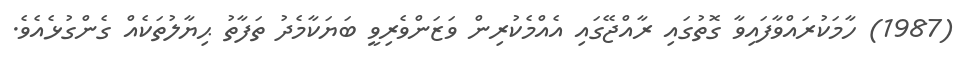
(1987) ހާމަކުރައްވާފައިވާ ގޮތުގައި ރާއްޖޭގައި އެއްމެކުރިން ވަޒަންވެރިވީ ބަޔަކާމެދު ތަފާތު ޙިޔާލުތަކެއް ގެންގުޅެއެވެ.